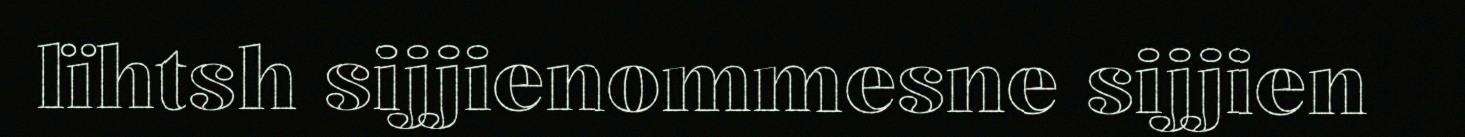
lïhtsh sijjienommesne sijjien